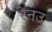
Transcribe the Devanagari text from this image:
रेनउ